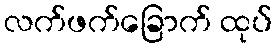
လက်ဖက်ခြောက် ထုပ်